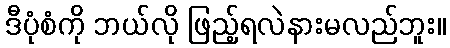
ဒီပုံစံကို ဘယ်လို ဖြည့်ရလဲနားမလည်ဘူး။